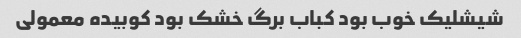
شیشلیک خوب بود کباب برگ خشک بود کوبیده معمولی